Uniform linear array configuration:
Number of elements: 16
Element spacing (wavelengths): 0.75
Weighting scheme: hamming
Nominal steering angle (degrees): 15
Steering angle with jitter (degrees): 13.043
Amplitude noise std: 0.05
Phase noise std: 0.05

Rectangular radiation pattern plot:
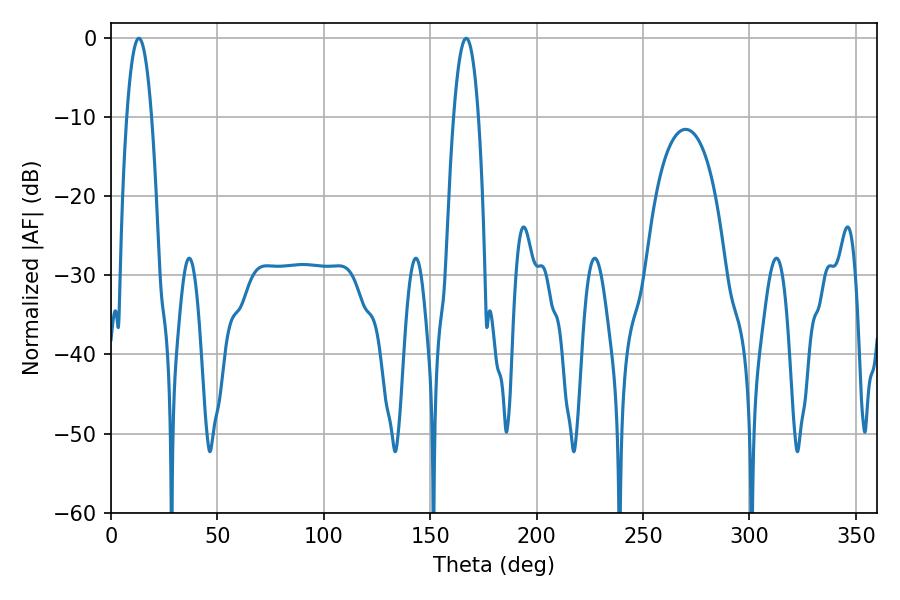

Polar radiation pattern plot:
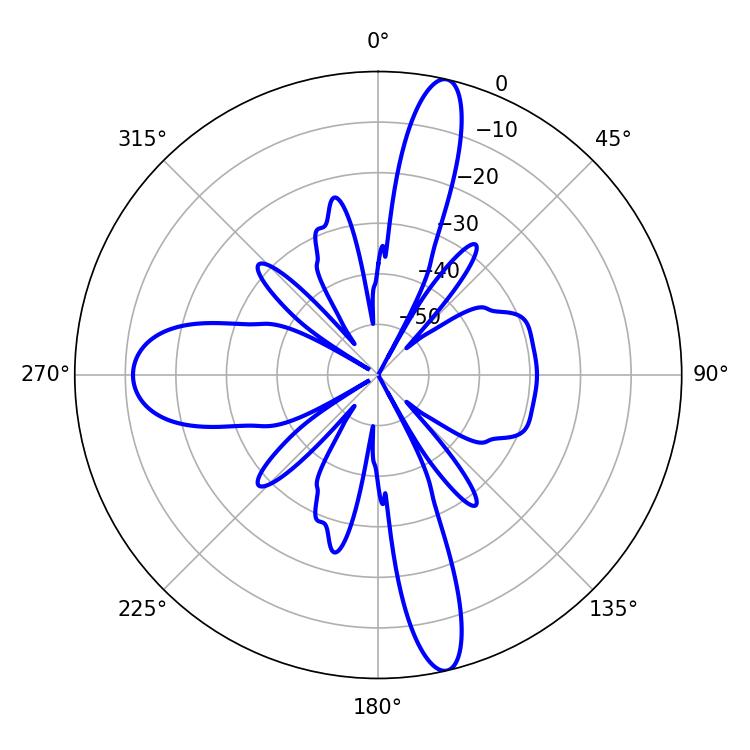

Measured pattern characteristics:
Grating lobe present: TRUE
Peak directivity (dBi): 17.755
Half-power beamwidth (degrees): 6.48
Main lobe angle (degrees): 13.14